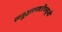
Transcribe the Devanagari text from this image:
समुद्रसपाटीपासून्ची